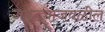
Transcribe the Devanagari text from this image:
जबड्याजवळील